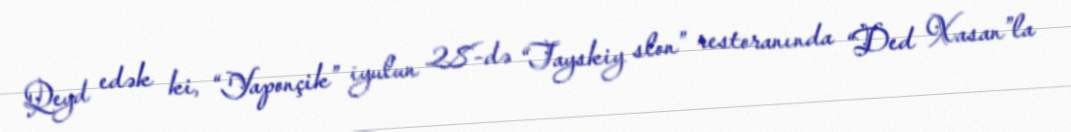
Qeyd edək ki, “Yaponçik” iyulun 28-də “Tayskiy slon” restoranında “Ded Xasan”la